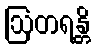
ဩတရန္တိ